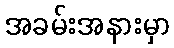
အခမ်းအနားမှာ